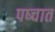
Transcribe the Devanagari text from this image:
पष्चात